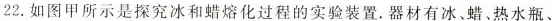
22.如图甲所示是探究冰和蜡熔化过程的实验装置。器材有冰。蜡、热水瓶、